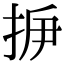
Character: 𢫽